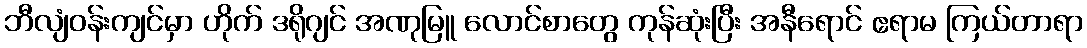
ဘီလျံဝန်းကျင်မှာ ဟိုက် ဒရိုဂျင် အဏုမြူ လောင်စာတွေ ကုန်ဆုံးပြီး အနီရောင် ဧရာမ ကြယ်တာရာ